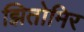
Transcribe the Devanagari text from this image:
झितोमिर